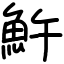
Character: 𩵱